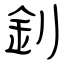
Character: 釗